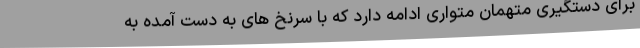
برای دستگیری متهمان متواری ادامه دارد که با سرنخ های به دست آمده به